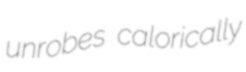
unrobes calorically